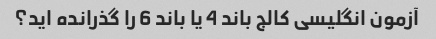
آزمون انگلیسی کالج باند 4 یا باند 6 را گذرانده اید؟